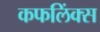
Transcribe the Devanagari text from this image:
कफलिंक्स